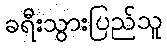
ခရီးသွားပြည်သူ